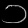
Digit: ၁